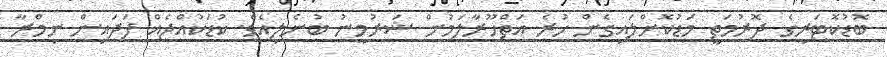
ބޮޑުކޮޓަރީގެ ދޮރުމަތީ މަޑުކޮށްލައިގެން ހުރެ އަތްހޫރާލަމުން ޝަރުމީނު ބުނެލިއެވެ. ކުޑަކުއްޖެއް ފަދައިން ނިމްރާ